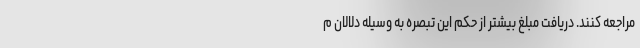
مراجعه کنند. دریافت مبلغ بیشتر از حکم این تبصره به وسیله دلالان م